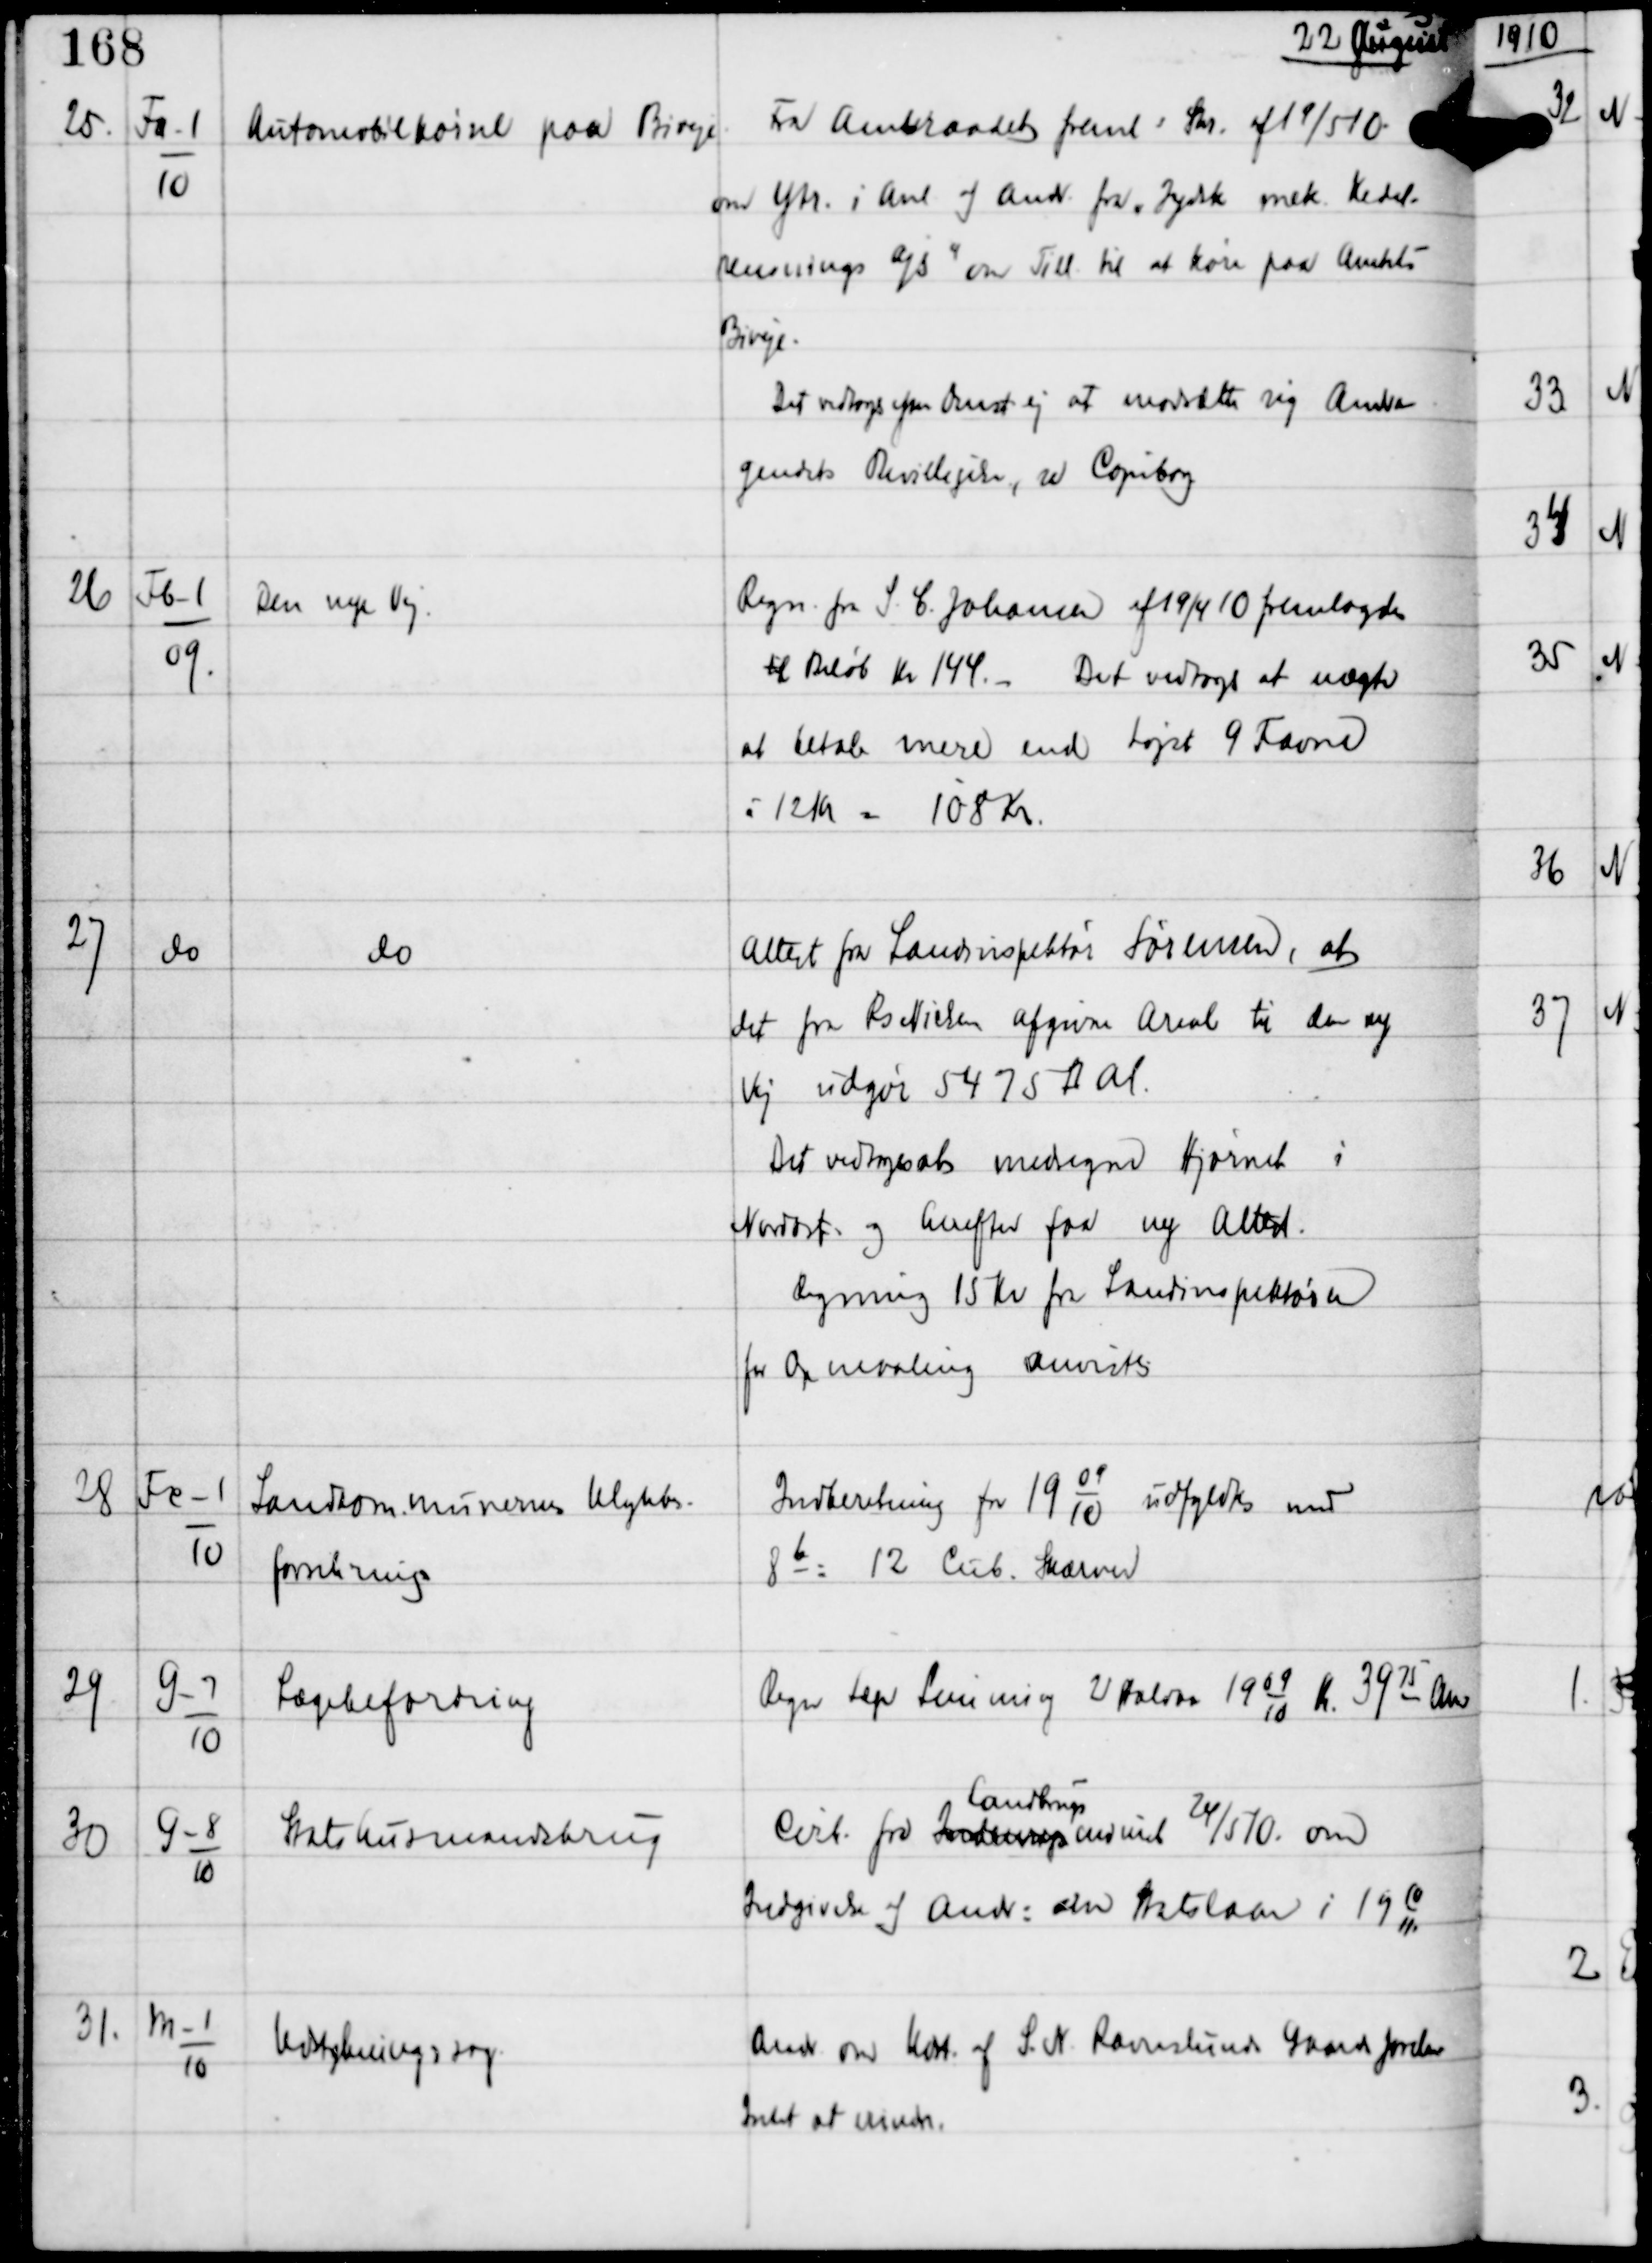
Transskription:
22 August

25.

Fa-1
10

Automobilkørsel paa Biveje

Fra Amtsraadet freml Skr af 19/5 10
om Ytr i Anl af Andr fra "Jydsk mek Kedel-
rensnings a/s" om Till til at køre paa Amtets
Biveje.
Det vedtoges efter Enst ej at modsætte sig Andra-
gendets Bevilligelse, se Copibog.

26

Fb-1
09

Den nye Vej.

Regn fra S. C. Johansen af 19/4 10 fremlagdes
til Beløb Kr 144. -
Det vedtoges at nægte
at betale mere end højst 9 Favne
à 12 Kr = 108 Kr.

27

do

do

Attest fra Landinspektør Sørensen, at
det fra Rs Nielsen afgivne Areal til den ny
Vej udgør 5475 □Al.
Det vedtoges at medregne Hjørnet i
Nordøst og herefter faa ny Attest.
Regning 15 Kr fra Landinspektøren
for Opmaaling. Anvistes

28

Fc-1
10

Landkommunernes Ulykkes-
forsikring

Indberetning fra 19
09
10
udfyldtes med
8 b = 12 Cub. Skærver

29

G-7
10

Lægebefordring

Regn Læge Lemming 2 Halvaar 19
09
10 Kr
Kr 3975. Anv

30

G-8
10

Statshusmandsbrug

Cirk fra Indenrigs
Landbrugs
minist 24/5 10 om
Indgivelse af Andr: alm Statslaan i 19
10
11

31.

M-1
10

Udstykningssag

Andr om Kort af S.N. Ravnslunds Gaards Jorder
Intet at erindre.